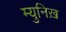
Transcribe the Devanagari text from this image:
म्युनिख़